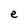
Character: e